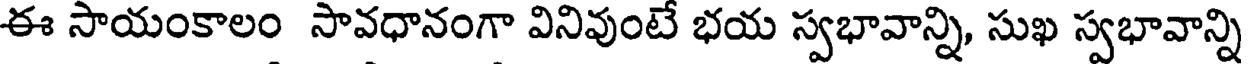
ఈ సాయంకాలం సావధానంగా వినివుంటే భయ స్వభావాన్ని, సుఖ స్వభావాన్ని